Civil Veterinary Department. United Provinces 1912-22 - 1912-1922
Year: 1912
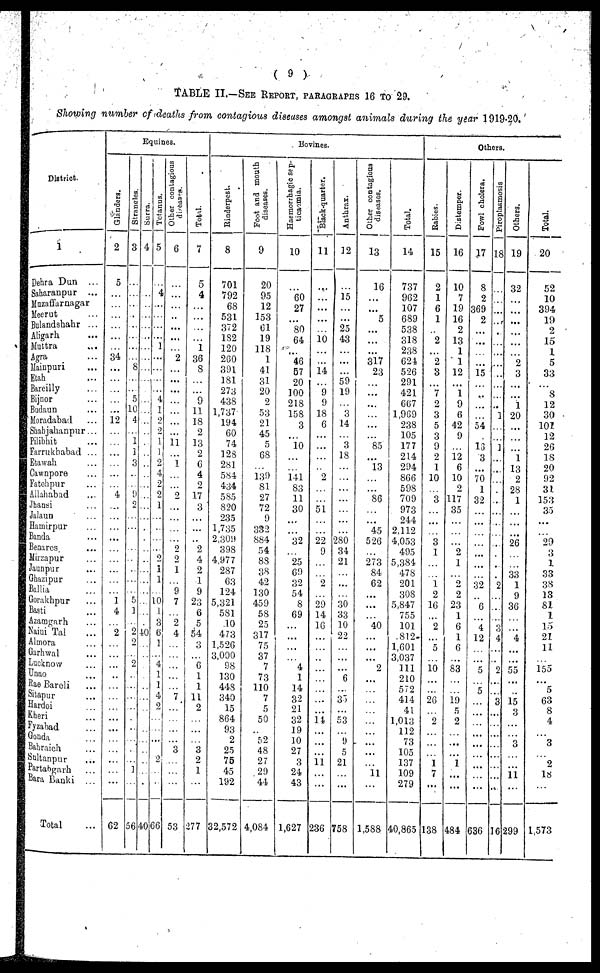
(9)
TABLE II.—SEE REPORT, PARAGRAPHS 16 TO 29.
Showing number of deaths from contagious diseases amongst animals during the year 1919-20.
District.
1
Dehra Dun
...
Saharanpur ...
Muzaffarnagar ...
Meerut
...
Bulandshahr ...
Aligarh ...
Muttra ...
Agra ...
Mainpuri ...
Etah ...
Bareilly ...
Bijnor ...
Budaun ...
Moradabad ...
Shahjahanpur...
Pilibhit ...
Farrukbabad ...
Etawah ...
Cawnpore ...
Fatehpur ...
Allahabad ...
Jhansi ...
Jalaun ...
Hamirpar ...
Banda ...
Benares ...
Mirzapur ...
Jaunpur ...
Ghazipur ...
Ballia ...
Gorakhpur ...
Basti ...
Azamgarh ...
Naini Tal ...
Almora
...
Garhwal ...
Lucknow ...
Unao ...
Rae Bareli ...
Sitapur ...
Hardoi ...
Kheri ...
Fyzabad ...
Gonda ..
Bahraich ...
Sultanpur ...
Partabgarh ..
Bara Banki ...
Total ...
Equines.
Glanders.
2
5
...
...
...
...
...
...
34
...
...
...
...
... 12
...
...
...
...
...
...
4
..
...
...
...
...
...
...
...
...
1
4
...
2
...
...
...
...
...
...
...
...
...
...
...
...
...
...
62
Strangles.
3
...
...
...
... ...
...
8
...
...
5
10
4
...
1
1
3
...
...
9
2
...
...
...
...
...
...
...
...
5
1
...
2
2
2
... ...
...
...
...
...
...
...
...
1
...
56
Surra.
4
...
..
...
...
...
...
...
...
...
...
...
...
...
...
...
...
...
...
...
...
...
...
...
...
...
...
...
...
...
...
...
...
...
40
....
...
...
... ...
...
...
...
...
...
...
...
...
...
40
Totanus.
5
...
4
...
...
...
...
1
...
...
....
...
4
1
2
2
1
...
...
4
2
2
1
...
...
...
..
2
1
1
...
10
1
3
6
i
4
1
1
4
2
...
...
...
...
2
...
...
66
Other contagious
diseases.
6
...
...
...
...
...
...
...
2
...
...
...
...
...
...
11
...
1
...
...
2
...
...
...
...
2
2
1
...
9
7
...
2
4
...
...
...
... ...
7
...
...
...
...
3
...
...
...
53
Total.
7
5
4
...
...
...
...
1
36
8
...
...
9
11
18
2
13
2
6
4
2
17
3
...
...
...
2
4
2
1
9
23
6
5
54
3
...
6
1
1
11
2
...
...
...
3
2
1
...
277
Bovines.
Rinderpest.
8
701
792
68
531
372
1S2
120
260
391
181
273
438
1,737
194
60
74
128
281
584
434
585
820
235
1,735
2,309
398
4,977
287
63
124
5,321
581
10
473
1,526
3,000
S8
130
448
340
15
864
93
2
25
75
45
192
32,572
Foot and mouth
diseases.
9
20
95
12
153
61
19
118
1
41
31
20
2
53
21
45
5
68
...
139
81
27
72
9
332
884
54
88
38
42
130
459
58
25
317
75
37
7
73
110
7
5
50
...
52
48
27
29
44
4,084
Haemorrhagic sep-
ticaemia.
10
...
60
27
... 80
64
......
46
57
20
100
218
158
3
...
10
...
...
141
83
11
30
...
...
32
25
69
32
54
8
69
...
...
..
...
4
1
14
32
21
32
19
10
27
3
24
43
1,627
Black-quarter.
11
...
...
...
...
...
10
...
...
14
9
9
18
6
...
...
...
...
2
...
...
51
...
...
22
9
...
...
2
...
29
14
16
...
..
...
...
... ...
...
...
14
...
...
...
11
...
...
236
Anthrax.
12
...
15
...
...
25
43
...
...
...
59
19
...
3
14
...
3
18
...
...
...
...
...
...
...
280
34
21
...
...
...
30
33
10
22
...
...
...
6
...
35
...
53
...
9
5
21
...
...
758
Other contagious
diseases.
13
16
..
..
5
...
...
...
317
23
...
...
...
...
...
...
85
...
13
...
...
86
...
....
45
526
...
273
84
62
...
...
...
40
...
...
...
2
... ...
...
...
...
...
...
...
...
11
...
1,588
Total.
14
737
962
107
689
538
318
238
624
526
291
421
667
1,969
238
105
177
214
294
866
598
709
973
244
2,112
4,053
495
5,384
478
201
308
5,847
755
101
812
1,601
3,037
111
210
572
414
41
1,013
112
73
105
137
109
279
40,865
Others
Rabies.
15
2
1
6
1
...
2
...
2
3
...
7
2
3
5
3
9
2
1
10
...
3
...
...
...
3
1
...
...
1
2
16
...
2
5
...
10
... ...
26
...
2
...
...
...
1
7
...
138
Distemper.
16
10
7
19
16
2
13
1
1
12
...
1
9
6
42
9
...
12
6
10
2
117
35
...
...
...
2
1
...
2
2
23
1
6
1
6
...
83
... ...
19
5
2
...
...
...
1
...
...
484
Fowl cholera.
17
8
2
369
2
...
...
...
...
15
...
...
...
...
54
...
16
3
...
70
1
32
...
...
...
...
...
...
...
32
...
6
...
4
12
...
5
...
5 ...
...
...
...
...
...
...
...
...
636
Piroplasmosis
18
...
...
...
...
...
...
...
...
...
...
...
...
1
...
1
1
...
...
...
...
...
...
...
...
...
...
...
2
...
...
...
3
4
...
9
...
...
3 ...
...
...
...
...
...
...
...
16
Others.
19
32
...
..
...
...
...
...
2
3
...
...
1
20
...
...
...
1
13
2
28
1
...
...
...
26
...
...
33
1
9
36
...
...
4
...
55
...
...
15
3
...
...
3 ...
...
11
...
299
Total.
20
52
10
394
19
2
15
1
5
33
...
8
12
30
101
12
26
18
20
92
31
153
35
...
...
29
3
1
33
38
13
81
1
15
21
11
...
155
...
5
63
8
4
...
3 ...
2
18
...
1,573